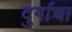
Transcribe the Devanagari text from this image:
दुर्गाचा